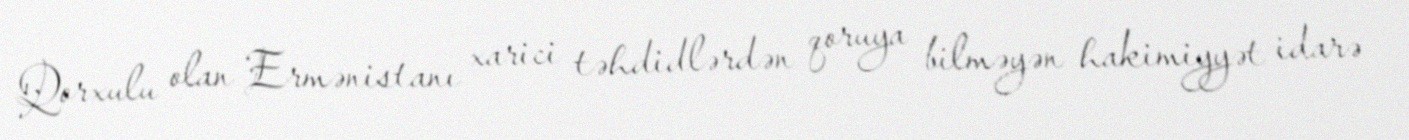
Qorxulu olan Ermənistanı xarici təhdidlərdən qoruya bilməyən hakimiyyət idarə